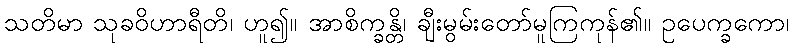
သတိမာ သုခဝိဟာရီတိ၊ ဟူ၍။ အာစိက္ခန္တိ၊ ချီးမွမ်းတော်မူကြကုန်၏။ ဥပေက္ခကော၊